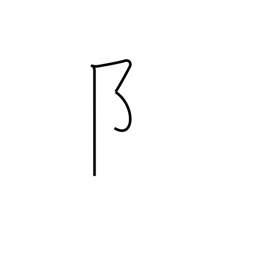
Meaning: left village radical - 2 stroke form (no. 170)